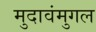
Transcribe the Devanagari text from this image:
मुदावंमुगल